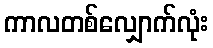
ကာလတစ်လျှောက်လုံး